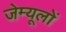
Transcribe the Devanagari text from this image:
जेम्यूलों